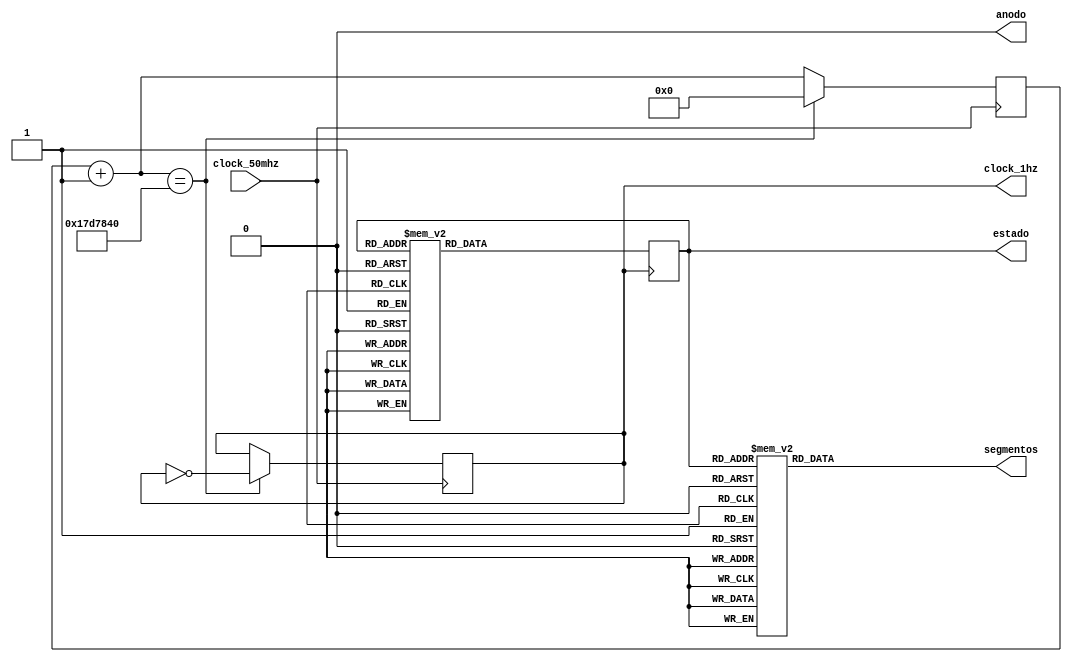
module S4L2(clock_50mhz, clock_1hz, segmentos, anodo,estado);
input clock_50mhz; //entrada de oscilacion del cristal externo
output reg clock_1hz; //clock 1 segundo

output reg [6:0] segmentos = 7'h3F; //apagar segmentos
output reg anodo = 0; //encender display1
output reg [3:0] estado = 0; //estado inicial para conectar 2 leds, 00, 01, 10, 11, 00 y se repite
reg [25:0] cuenta_para_1hz = 0; //inicializacion de la variable que servira para generar la salida de 1hz
parameter [6:0] cero 	= 	~7'h3F; 
parameter [6:0] uno 	= 	~7'h06; 
parameter [6:0] dos 	= 	~7'h5B; 
parameter [6:0] tres 	= 	~7'h4F; 
parameter [6:0] cuatro	=	~7'h66; 
parameter [6:0] cinco	= 	~7'h6D; 
parameter [6:0] seis 	= 	~7'h7D; 
parameter [6:0] siete	= 	~7'h07; 
parameter [6:0] ocho 	= 	~7'h7F; 
parameter [6:0] nueve	=	~7'h6F; 
parameter [6:0] ha 		= 	~7'h77; 
parameter [6:0] hb 		= 	~7'h7C; 
parameter [6:0] hc 		= 	~7'h39; 
parameter [6:0] hd 		= 	~7'h5E; 
parameter [6:0] he 		= 	~7'h79; 
parameter [6:0] hf 		= 	~7'h71; 


always @(posedge clock_50mhz)
begin
cuenta_para_1hz = cuenta_para_1hz + 1;
if(cuenta_para_1hz == 25_000_000)
begin
clock_1hz = ~clock_1hz; //genera la seal de oscialcion, esta seal empezo en 0, valor inicial
cuenta_para_1hz = 0; // resetea el contador
end
end

always @(posedge clock_1hz)
begin
case(estado)
0: estado <= 1;
1: estado <= 2;
2: estado <= 3;
3: estado <= 4;
4: estado <= 5;
5: estado <= 6;
6: estado <= 7;
7: estado <= 8;
8: estado <= 9;
9: estado <= 10;
10: estado <= 11;
11: estado <= 12;
12: estado <= 13;
13: estado <= 14;
14: estado <= 15;
15: estado <= 0;
endcase
end

always @(estado)
begin
case(estado)
0: segmentos = cero;
1: segmentos = uno;
2: segmentos = dos;
3: segmentos = tres;
4: segmentos = cuatro;
5: segmentos = cinco;
6: segmentos = seis;
7: segmentos = siete;
8: segmentos = ocho;
9: segmentos = nueve;
10: segmentos = ha;
11: segmentos = hb;
12: segmentos = hc;
13: segmentos = hd;
14: segmentos = he;
15: segmentos = hf;
endcase
end
endmodule